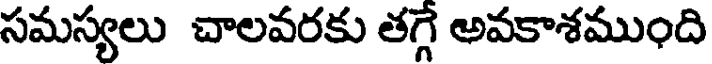
సమస్యలు చాలవరకు తగ్గే అవకాశముంది